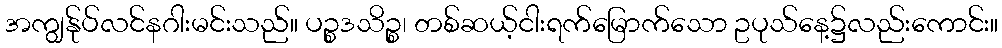
အကျွန်ုပ်လင်နဂါးမင်းသည်။ ပဉ္စဒသိဉ္စ၊ တစ်ဆယ့်ငါးရက်မြောက်သော ဥပုသ်နေ့၌လည်းကောင်း။